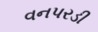
વનપરડી